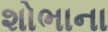
શોભાના